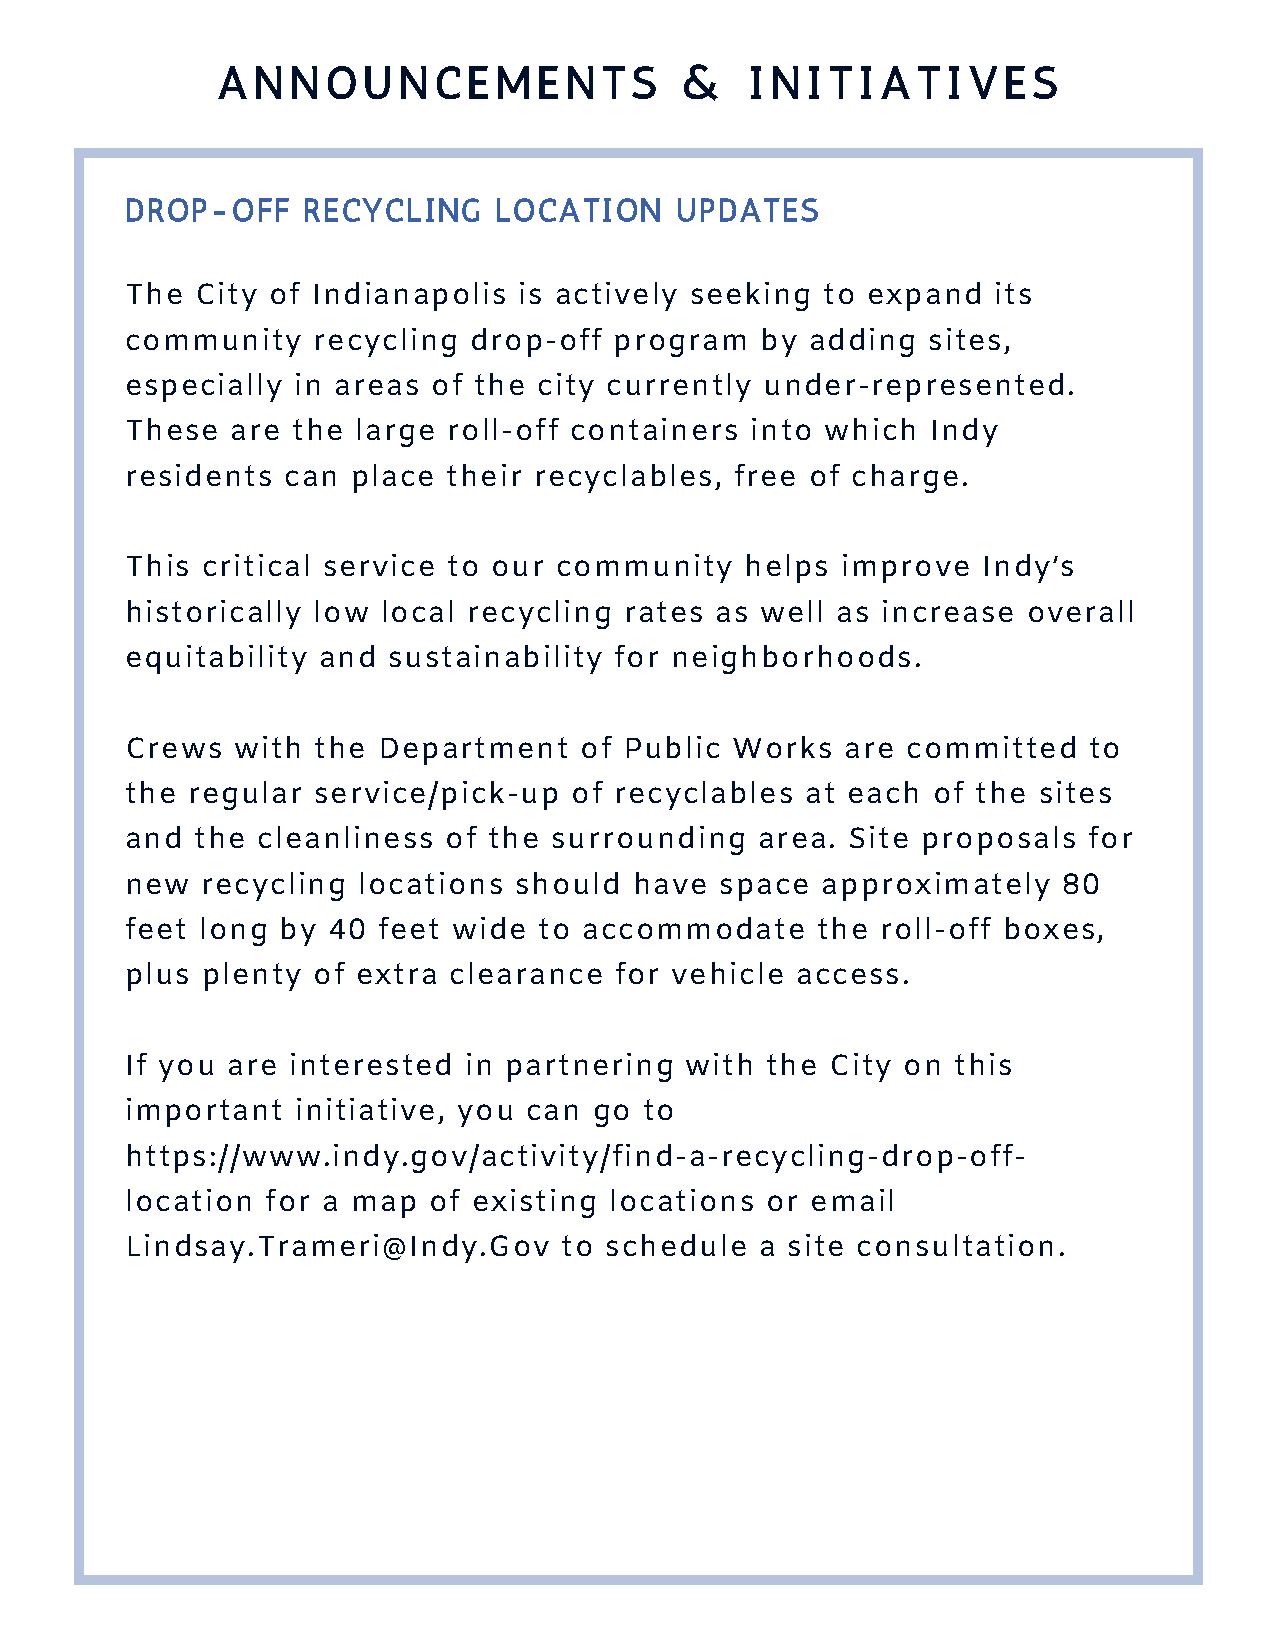
A  N N  O U N  C E M  E N T S  &    I N I T I A T I V E S
 DROP-OFF    RECYCLING    LOCATION    UPDATES
 The  City of Indianapolis is actively seeking  to expand  its
 community    recycling drop-off  program  by  adding sites,
 especially in areas  of the city currently under-represented.
 These  are the  large roll-off containers into which  Indy
 residents  can place  their recyclables, free of charge.
 This critical service to our community   helps  improve  Indy’s
 historically low local recycling rates as well as increase  overall
 equitability and  sustainability for neighborhoods.
 Crews  with  the Department   of Public Works   are committed   to
 the regular  service/pick-up  of recyclables at each  of the sites
 and  the cleanliness of the surrounding   area. Site proposals  for
 new  recycling  locations should  have  space approximately   80
 feet long  by 40 feet wide  to accommodate    the roll-off boxes,
 plus plenty  of extra clearance  for vehicle access.
 If you are interested  in partnering with  the City on this
 important   initiative, you can go to
 https://www.indy.gov/activity/find-a-recycling-drop-off-
 location  for a map of existing locations  or email
 Lindsay.Trameri@Indy.Gov     to schedule  a site consultation.